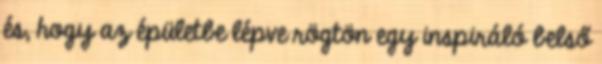
és, hogy az épületbe lépve rögtön egy inspiráló belső